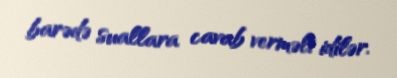
barədə suallara cavab verməli idilər.